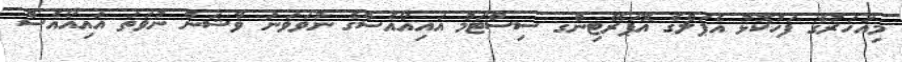
މިއަހަރުގެ ފަހުކޮޅު އެޕަލްގެ އޮޕަރޭޓިންގ ސިސްޓަމް އައިއޯއެސްގެ ނުވަވަނަ ވާޝަން ނުވަތަ އައިއޯއެސް